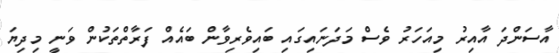
އާސަންދަ އާއިރު މިއަހަރު ވެސް މަދަނައިގައި ބައިވެރިވާން ބައެއް ފަރާތްތަކުން ވަނީ މިދިޔަ